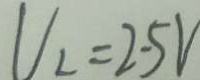
V _ { 2 } = 2 . 5 V